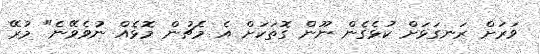
ވަރަށް ރަނގަޅަށް ކުޅެގެން ނޫން ގޮތަކަށް އެ މެޗުން މޮޅެއް ނުވެވޭނެ" މުރޭ